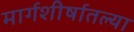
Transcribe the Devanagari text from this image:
मार्गशीर्षातल्या